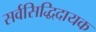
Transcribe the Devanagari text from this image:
सर्वसिद्धिदायक